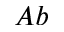
A b